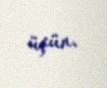
üçün.